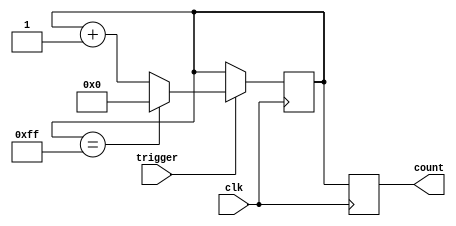
module counter(
    input trigger,
    input clk,
    output reg [7:0] count
);

reg [7:0] counter_reg;

always @(posedge clk) begin
    if(trigger) begin
        if(counter_reg == 8'hFF) begin
            counter_reg <= 8'h00;
        end else begin
            counter_reg <= counter_reg + 1;
        end
    end
end

always @(posedge clk) begin
    count <= counter_reg;
end

endmodule